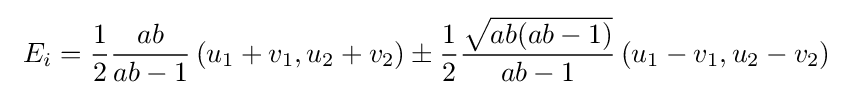
\ E_{i}={\frac {1}{2}}{\frac {ab}{ab-1}}\left(u_{1}+v_{1},u_{2}+v_{2}\right)\pm {\frac {1}{2}}{\frac {\sqrt {ab(ab-1)}}{ab-1}}\left(u_{1}-v_{1},u_{2}-v_{2}\right)\;